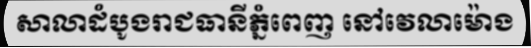
សាលាដំបូងរាជធានីភ្នំពេញ នៅវេលាម៉ោង